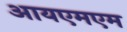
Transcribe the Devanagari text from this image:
आयएमएम